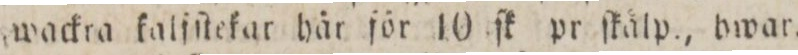
wackra kalſſtekar här för 10 ſk pr ſkalp., hwar.